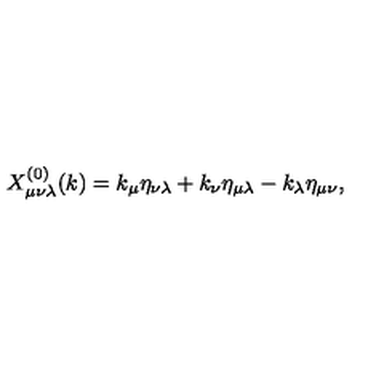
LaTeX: X _ { \mu \nu \lambda } ^ { ( 0 ) } ( k ) = k _ { \mu } \eta _ { \nu \lambda } + k _ { \nu } \eta _ { \mu \lambda } - k _ { \lambda } \eta _ { \mu \nu } ,